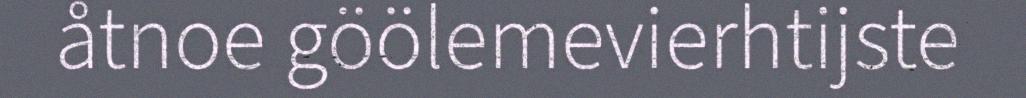
åtnoe göölemevierhtijste